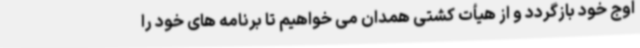
اوج خود بازگردد و از هیأت کشتی همدان می خواهیم تا برنامه های خود را